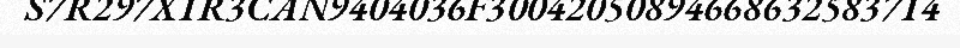
S7R297X1R3CAN9404036F30042050894668632583714